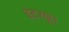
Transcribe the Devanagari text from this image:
इंटरग्रूप